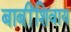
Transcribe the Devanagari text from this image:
बाबींशिवाय